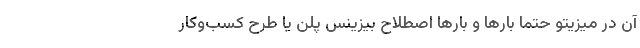
آن در میزیتو حتما بارها و بارها اصطلاح بیزینس پلن یا طرح کسب‌وکار